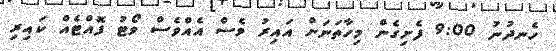
ހެނދުނު 9:00 ފެށިގެން މިހާތަނަށް އައިރު ވެސް އެއްވެސް ވޯޓު ފޮއްޓެއް ކައިރި